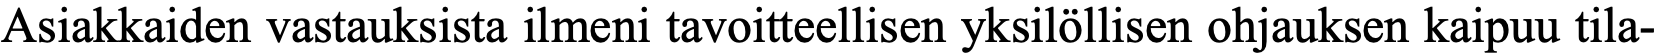
Asiakkaiden vastauksista ilmeni tavoitteellisen yksilöllisen ohjauksen kaipuu tila-